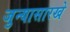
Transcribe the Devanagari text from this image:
जुन्यासारखे